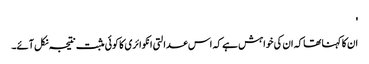
'
ان کا کہنا تھا کہ ان کی خواہش ہے کہ اس عدالتی انکوائری کا کوئی مثبت نتیجہ نکل آئے۔